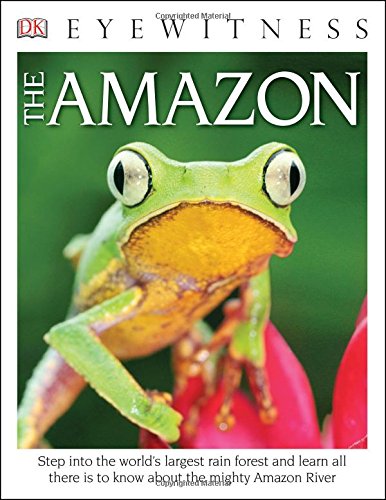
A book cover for DK Eyewitness Books: The Amazon; DK; Science & Math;